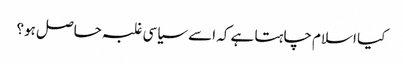
کیا اسلام چاہتا ہے کہ اسے سیاسی غلبہ حاصل ہو؟